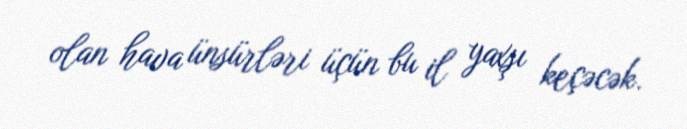
olan hava ünsürləri üçün bu il yaxşı keçəcək.